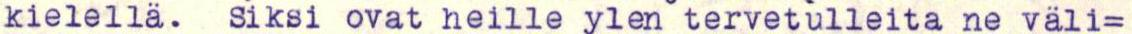
kielellä. Siksi ovat heille ylen tervetulleita ne väli=